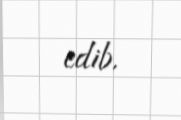
edib.